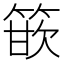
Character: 篏